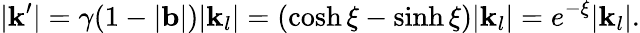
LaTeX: |\mathbf{k}^{\prime}|=\gamma(1-|\mathbf{b}|)|\mathbf{k}_{l}|=(\cosh\xi-\sinh\xi)|\mathbf{k}_{l}|=e^{-\xi}|\mathbf{k}_{l}|.